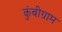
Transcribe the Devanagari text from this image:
कुंबीग्राम